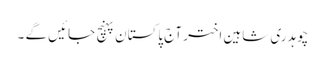
چوہدری شاہین اختر آج پاکستان پہنچ جائیں گے ۔